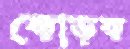
কোড়ক